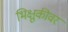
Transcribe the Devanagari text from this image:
भिक्षुकीवर